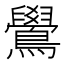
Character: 鷽